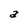
Character: a